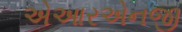
એઆરએનજી